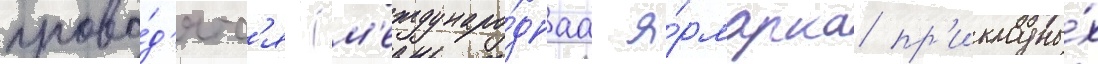
прово́д'ятс'я (м'еждунаро́днаа я́рмарка пр'икладны́х